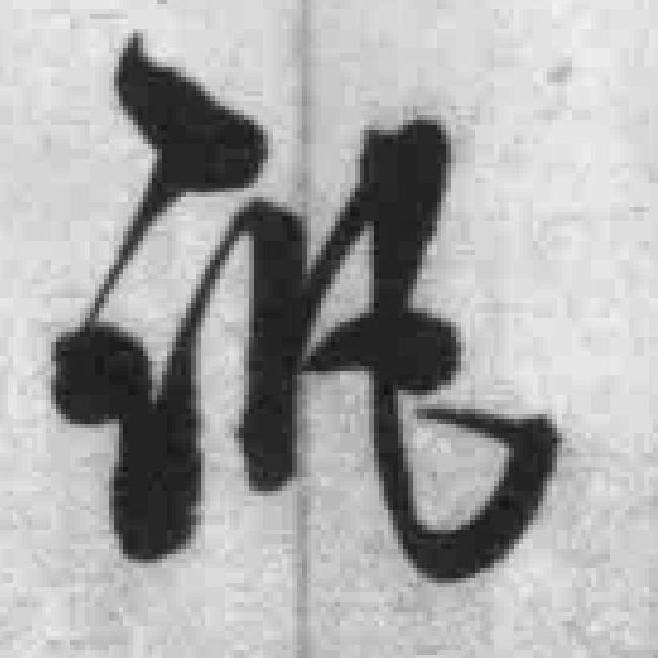
讯